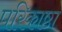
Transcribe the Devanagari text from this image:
परिकाष्ठा